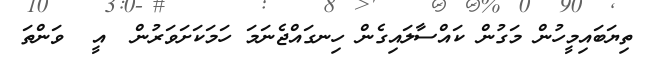
ތިޔަބައިމީހުން މަގުން ކައްސާލައިގެން ހިނގައްޖެނަމަ ހަމަކަށަވަރުން  އީ  ވަންތަ